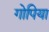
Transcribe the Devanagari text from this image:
गोपिया